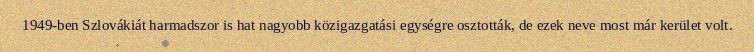
1949-ben Szlovákiát harmadszor is hat nagyobb közigazgatási egységre osztották, de ezek neve most már kerület volt.